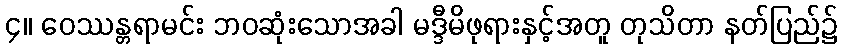
၄။ ဝေဿန္တရာမင်း ဘဝဆုံးသောအခါ မဒ္ဒီမိဖုရားနှင့်အတူ တုသိတာ နတ်ပြည်၌